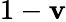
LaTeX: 1-\mathbf{v}